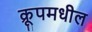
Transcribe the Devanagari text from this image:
क्रूपमधील